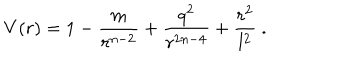
V ( r ) = 1 - \frac { m } { r ^ { n - 2 } } + \frac { q ^ { 2 } } { r ^ { 2 n - 4 } } + \frac { r ^ { 2 } } { l ^ { 2 } } \ .